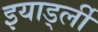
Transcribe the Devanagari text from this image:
इयार्ड्ली